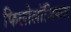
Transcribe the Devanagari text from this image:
फिलोलॉजिकल